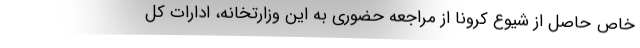
خاص حاصل از شیوع کرونا از مراجعه حضوری به این وزارتخانه، ادارات کل